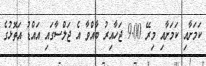
ކަމަށާއި ކަމަށާއި މިރޭ 9.00 ޖަހާއިރު ބާއްވާ އެ ޖަލްސާގައި އައްޑު އަތޮޅުގެ